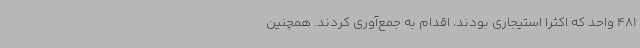
481 واحد که اکثرا استیجاری بودند، اقدام به جمع‌آوری کردند. همچنین